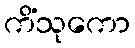
ကိံသုကော